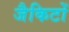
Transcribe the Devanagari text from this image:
जैकिटों